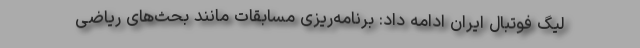
لیگ فوتبال ایران ادامه داد:‌ برنامه‌ریزی مسابقات مانند بحث‌های ریاضی